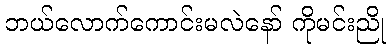
ဘယ်လောက်ကောင်းမလဲနော် ကိုမင်းညို